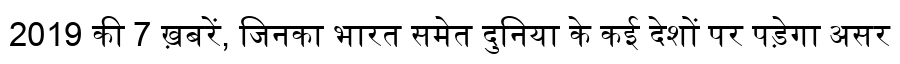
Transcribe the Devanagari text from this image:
2019 की 7 ख़बरें, जिनका भारत समेत दुनिया के कई देशों पर पड़ेगा असर